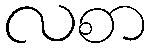
လစာ